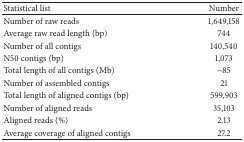
<table><thead><tr><td><b>Statistical list</b></td><td><b>Number</b></td></tr></thead><tbody><tr><td>Number of raw reads</td><td>1,649,158</td></tr><tr><td>Average raw read length (bp)</td><td>744</td></tr><tr><td>Number of all contigs</td><td>140,540</td></tr><tr><td>N50 contigs (bp)</td><td>1,073</td></tr><tr><td>Total length of all contigs (Mb)</td><td>~85</td></tr><tr><td>Number of assembled contigs</td><td>21</td></tr><tr><td>Total length of aligned contigs (bp)</td><td>599,903</td></tr><tr><td>Number of aligned reads</td><td>35,103</td></tr><tr><td>Aligned reads (%)</td><td>2.13</td></tr><tr><td>Average coverage of aligned contigs</td><td>27.2</td></tr></tbody></table>